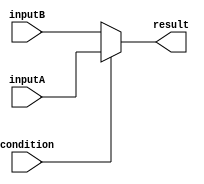
module if_else_statement(
    input wire condition,
    input wire inputA,
    input wire inputB,
    output wire result
);

assign result = condition ? inputA : inputB;

endmodule